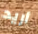
أريد